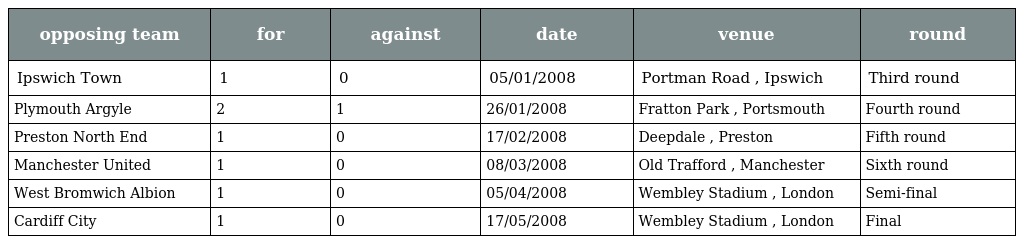
| opposing team | for | against | date | venue | round |
 | --- | --- | --- | --- | --- | --- |
 | Ipswich Town | 1 | 0 | 05/01/2008 | Portman Road , Ipswich | Third round |
 | Plymouth Argyle | 2 | 1 | 26/01/2008 | Fratton Park , Portsmouth | Fourth round |
 | Preston North End | 1 | 0 | 17/02/2008 | Deepdale , Preston | Fifth round |
 | Manchester United | 1 | 0 | 08/03/2008 | Old Trafford , Manchester | Sixth round |
 | West Bromwich Albion | 1 | 0 | 05/04/2008 | Wembley Stadium , London | Semi-final |
 | Cardiff City | 1 | 0 | 17/05/2008 | Wembley Stadium , London | Final |